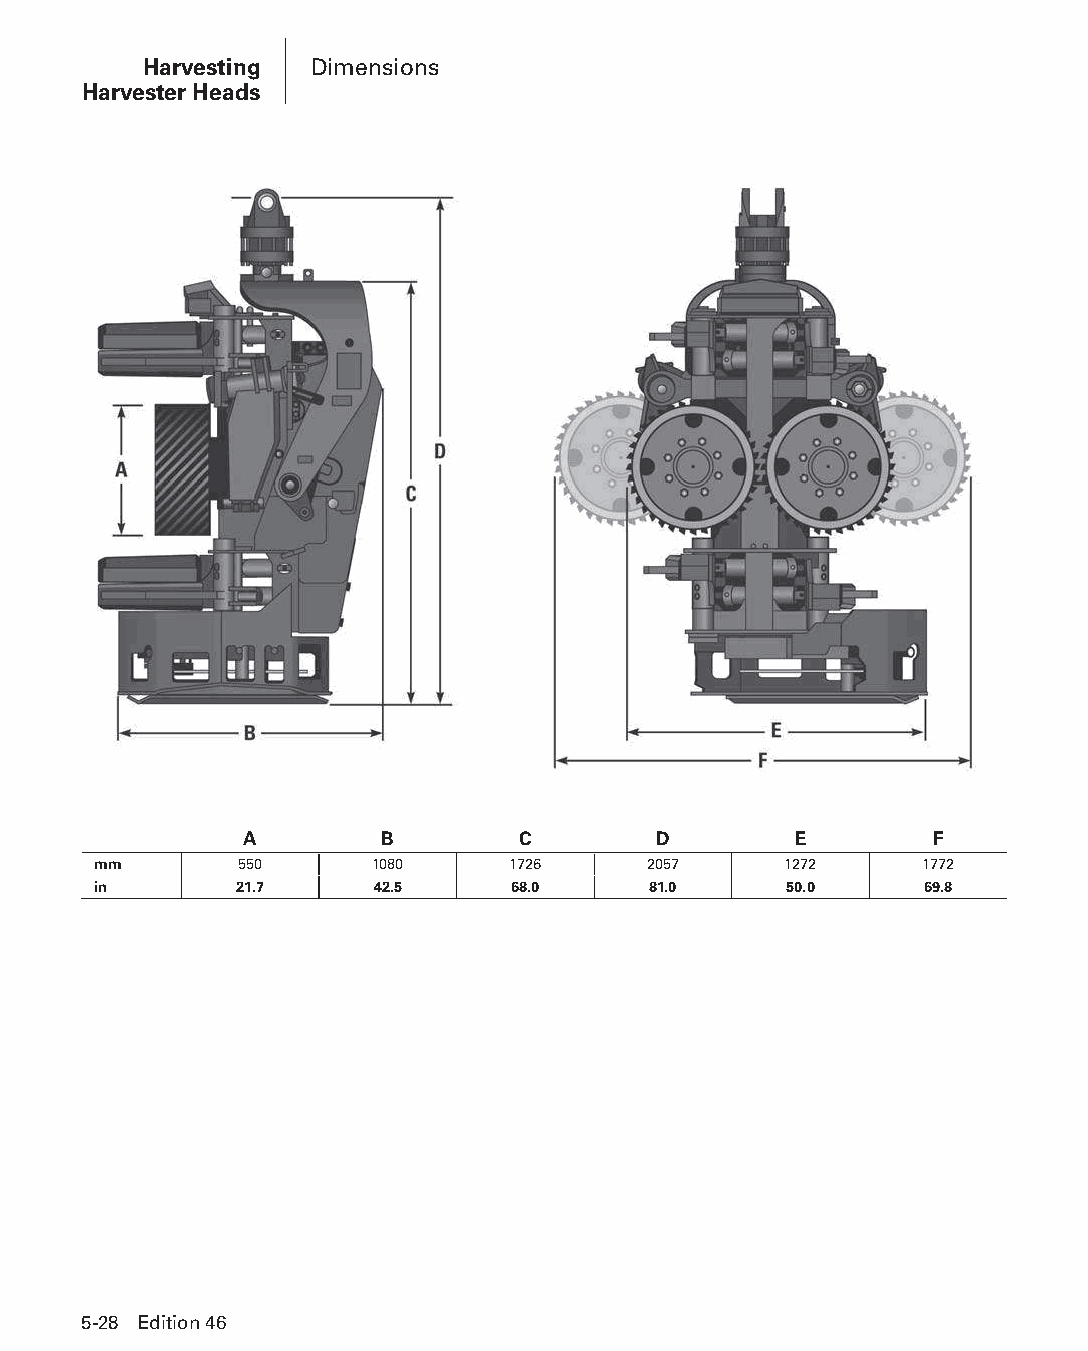
Harvesting Dimensions
 Harvester Heads
 A         B        C        D        E        F
 mm       550      1080     1726     2057     1272     1772
 in       21.7     42.5     68.0     81.0     50.0      69.8
 5-28 Edition 46
 PPHHBB--SSeecc0055--1166..iinndddd 2288                        1122//44//1155 22::1188 PPMM